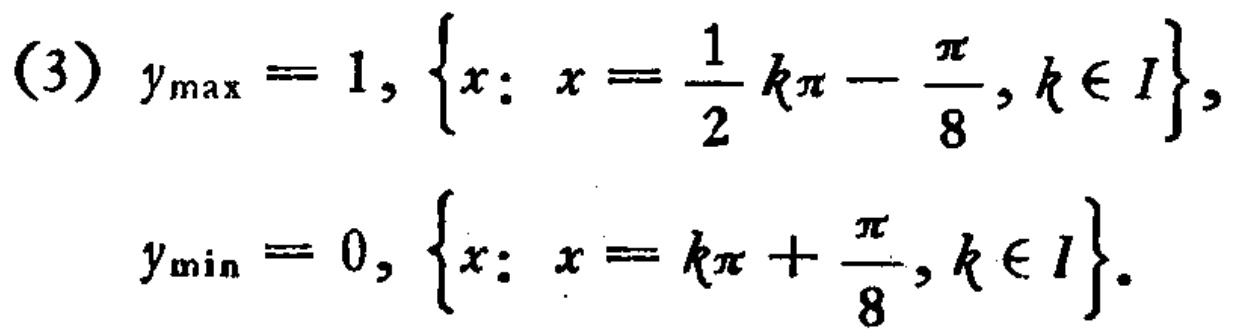
(3) \(y_{\max}=1, \{x: x = \frac{1}{2}k\pi - \frac{\pi}{8}, k\in I\}\),

\(y_{\min}=0, \{x: x = k\pi + \frac{\pi}{8}, k\in I\}\).